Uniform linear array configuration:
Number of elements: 32
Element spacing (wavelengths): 1
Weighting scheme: binomial
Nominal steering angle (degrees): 15
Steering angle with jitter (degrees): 15.299
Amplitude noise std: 0.05
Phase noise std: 0.05

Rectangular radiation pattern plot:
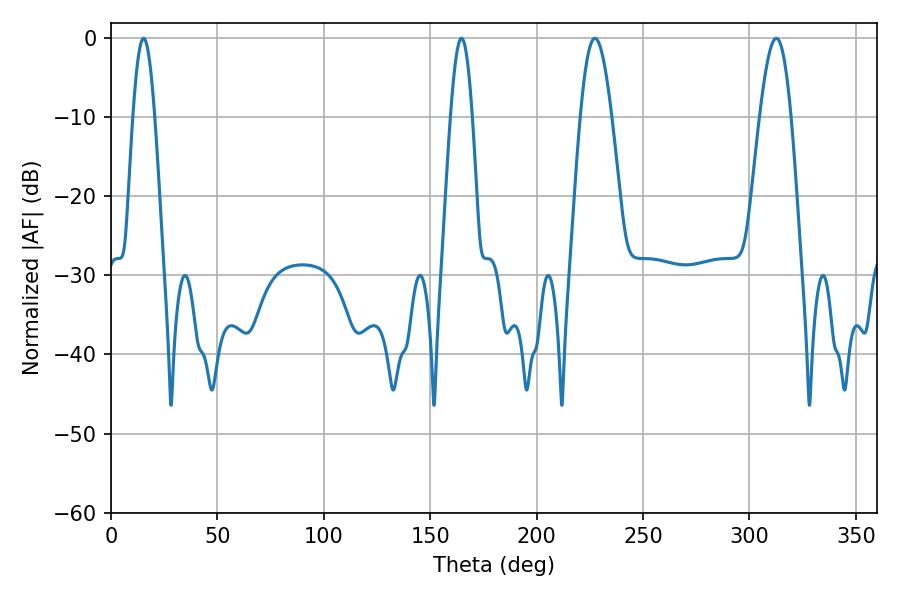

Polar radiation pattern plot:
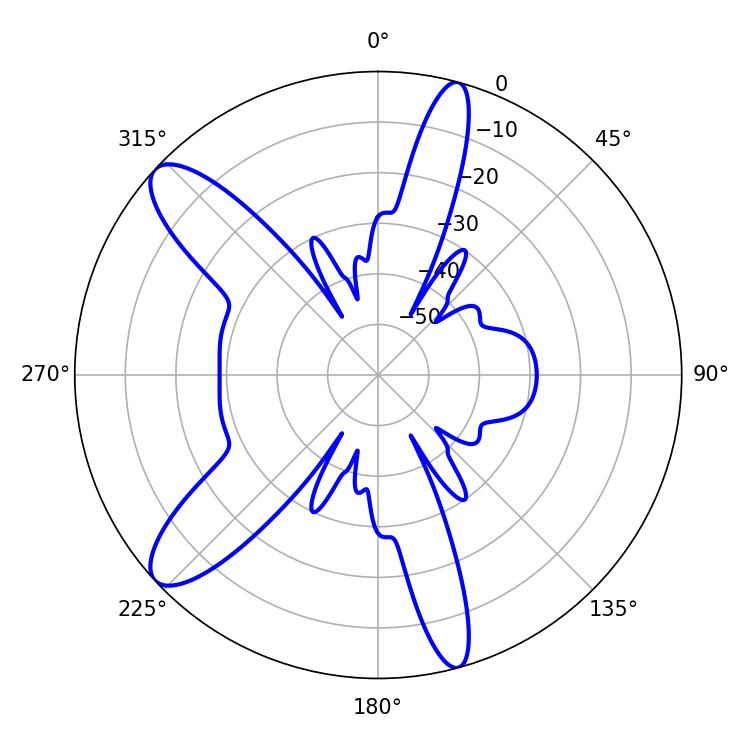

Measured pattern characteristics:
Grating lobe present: TRUE
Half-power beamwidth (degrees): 5.4
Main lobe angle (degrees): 15.3